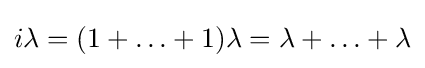
i\lambda =(1+\ldots +1)\lambda =\lambda +\ldots +\lambda